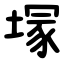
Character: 塜